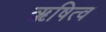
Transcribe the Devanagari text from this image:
ऋषित्व